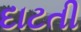
દાટતી